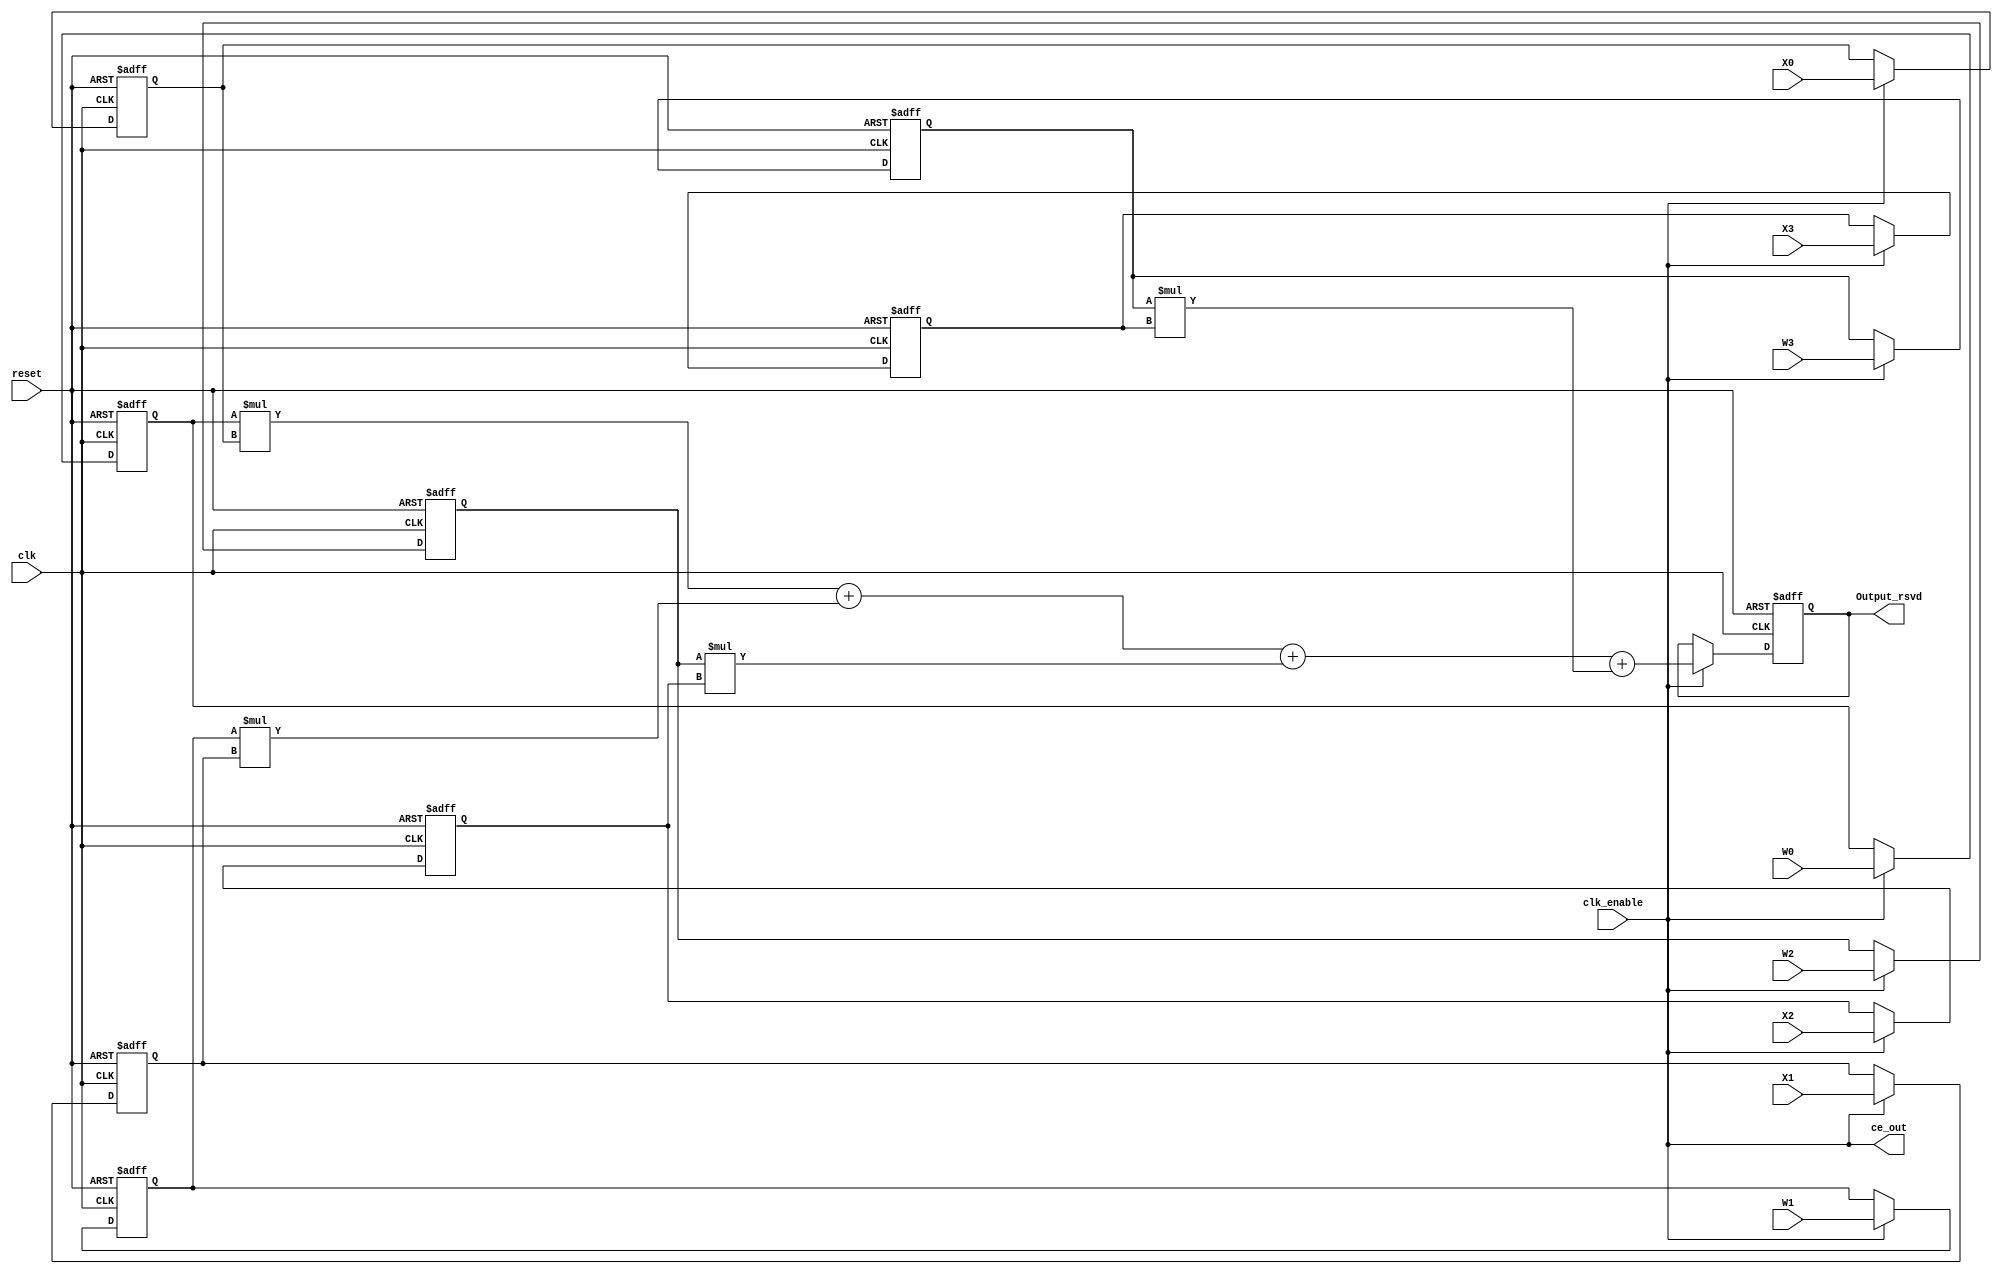
// -------------------------------------------------------------
// 
// 
// Generated by MATLAB 9.12 and HDL Coder 3.20
// 
// 
// -- -------------------------------------------------------------
// -- Rate and Clocking Details
// -- -------------------------------------------------------------
// Model base rate: 1
// Target subsystem base rate: 1
// 
// 
// Clock Enable  Sample Time
// -- -------------------------------------------------------------
// ce_out        1
// -- -------------------------------------------------------------
// 
// 
// Output Signal                 Clock Enable  Sample Time
// -- -------------------------------------------------------------
// Output_rsvd                   ce_out        1
// -- -------------------------------------------------------------
// 
// -------------------------------------------------------------


// -------------------------------------------------------------
// 
// Module: Subsystem
// Source Path: untitled/Subsystem
// Hierarchy Level: 0
// 
// -------------------------------------------------------------

`timescale 1 ns / 1 ns

module Subsystem
          (clk,
           reset,
           clk_enable,
           W0,
           W1,
           W2,
           W3,
           X0,
           X1,
           X2,
           X3,
           ce_out,
           Output_rsvd);


  input   clk;
  input   reset;
  input   clk_enable;
  input   signed [7:0] W0;  // int8
  input   signed [7:0] W1;  // int8
  input   signed [7:0] W2;  // int8
  input   signed [7:0] W3;  // int8
  input   signed [7:0] X0;  // int8
  input   signed [7:0] X1;  // int8
  input   signed [7:0] X2;  // int8
  input   signed [7:0] X3;  // int8
  output  ce_out;
  output  signed [15:0] Output_rsvd;  // int16


  wire enb;
  reg signed [7:0] Delay_out1;  // int8
  reg signed [7:0] Delay1_out1;  // int8
  reg signed [7:0] Delay2_out1;  // int8
  reg signed [7:0] Delay3_out1;  // int8
  reg signed [7:0] Delay4_out1;  // int8
  wire signed [15:0] Product_out1;  // int16
  reg signed [7:0] Delay5_out1;  // int8
  wire signed [15:0] Product1_out1;  // int16
  wire signed [15:0] Add_stage2_add_temp;  // sfix16
  wire signed [16:0] Add_op_stage1;  // sfix17
  reg signed [7:0] Delay6_out1;  // int8
  wire signed [15:0] Product2_out1;  // int16
  wire signed [15:0] Add_stage3_add_cast;  // sfix16
  wire signed [15:0] Add_stage3_add_temp;  // sfix16
  wire signed [17:0] Add_op_stage2;  // sfix18
  reg signed [7:0] Delay7_out1;  // int8
  wire signed [15:0] Product3_out1;  // int16
  wire signed [15:0] Add_stage4_add_cast;  // sfix16
  wire signed [15:0] Add_out1;  // int16
  reg signed [15:0] Delay8_out1;  // int16


  assign enb = clk_enable;

  always @(posedge clk or posedge reset)
    begin : Delay_process
      if (reset == 1'b1) begin
        Delay_out1 <= 8'sb00000000;
      end
      else begin
        if (enb) begin
          Delay_out1 <= W0;
        end
      end
    end



  always @(posedge clk or posedge reset)
    begin : Delay1_process
      if (reset == 1'b1) begin
        Delay1_out1 <= 8'sb00000000;
      end
      else begin
        if (enb) begin
          Delay1_out1 <= W1;
        end
      end
    end



  always @(posedge clk or posedge reset)
    begin : Delay2_process
      if (reset == 1'b1) begin
        Delay2_out1 <= 8'sb00000000;
      end
      else begin
        if (enb) begin
          Delay2_out1 <= W2;
        end
      end
    end



  always @(posedge clk or posedge reset)
    begin : Delay3_process
      if (reset == 1'b1) begin
        Delay3_out1 <= 8'sb00000000;
      end
      else begin
        if (enb) begin
          Delay3_out1 <= W3;
        end
      end
    end



  always @(posedge clk or posedge reset)
    begin : Delay4_process
      if (reset == 1'b1) begin
        Delay4_out1 <= 8'sb00000000;
      end
      else begin
        if (enb) begin
          Delay4_out1 <= X0;
        end
      end
    end



  assign Product_out1 = Delay_out1 * Delay4_out1;



  always @(posedge clk or posedge reset)
    begin : Delay5_process
      if (reset == 1'b1) begin
        Delay5_out1 <= 8'sb00000000;
      end
      else begin
        if (enb) begin
          Delay5_out1 <= X1;
        end
      end
    end



  assign Product1_out1 = Delay1_out1 * Delay5_out1;



  assign Add_stage2_add_temp = Product_out1 + Product1_out1;
  assign Add_op_stage1 = {Add_stage2_add_temp[15], Add_stage2_add_temp};



  always @(posedge clk or posedge reset)
    begin : Delay6_process
      if (reset == 1'b1) begin
        Delay6_out1 <= 8'sb00000000;
      end
      else begin
        if (enb) begin
          Delay6_out1 <= X2;
        end
      end
    end



  assign Product2_out1 = Delay2_out1 * Delay6_out1;



  assign Add_stage3_add_cast = Add_op_stage1[15:0];
  assign Add_stage3_add_temp = Add_stage3_add_cast + Product2_out1;
  assign Add_op_stage2 = {{2{Add_stage3_add_temp[15]}}, Add_stage3_add_temp};



  always @(posedge clk or posedge reset)
    begin : Delay7_process
      if (reset == 1'b1) begin
        Delay7_out1 <= 8'sb00000000;
      end
      else begin
        if (enb) begin
          Delay7_out1 <= X3;
        end
      end
    end



  assign Product3_out1 = Delay3_out1 * Delay7_out1;



  assign Add_stage4_add_cast = Add_op_stage2[15:0];
  assign Add_out1 = Add_stage4_add_cast + Product3_out1;



  always @(posedge clk or posedge reset)
    begin : Delay8_process
      if (reset == 1'b1) begin
        Delay8_out1 <= 16'sb0000000000000000;
      end
      else begin
        if (enb) begin
          Delay8_out1 <= Add_out1;
        end
      end
    end



  assign Output_rsvd = Delay8_out1;

  assign ce_out = clk_enable;

endmodule  // Subsystem